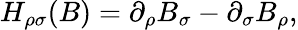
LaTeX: H_{\rho\sigma}(B)=\partial_{\rho}B_{\sigma}-\partial_{\sigma}B_{\rho},